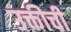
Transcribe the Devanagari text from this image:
उक्तीची